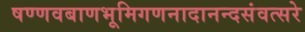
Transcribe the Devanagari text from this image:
षण्णवबाणभूमिगणनादानन्दसंवत्सरे